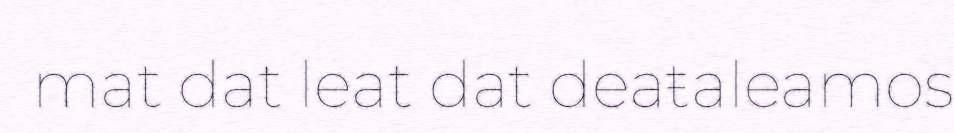
mat dat leat dat deaŧaleamos